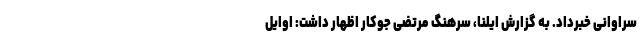
سراوانی خبرداد. به گزارش ایلنا، سرهنگ مرتضی جوکار اظهار داشت: اوایل